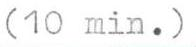
(10 min.)